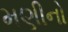
મણીનો